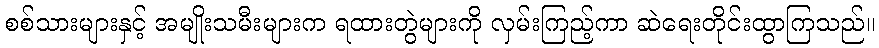
စစ်သားများနှင့် အမျိုးသမီးများက ရထားတွဲများကို လှမ်းကြည့်ကာ ဆဲရေးတိုင်းထွာကြသည်။